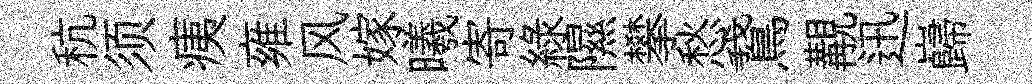
秔须痍雍风嫁曦寄緑隰攀愁鵞覯迅巋